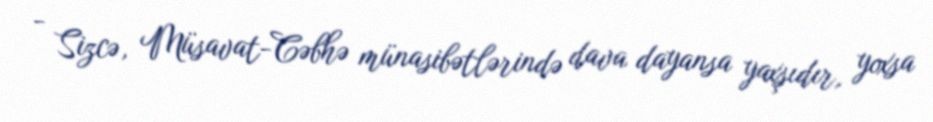
- Sizcə, Müsavat-Cəbhə münasibətlərində dava dayansa yaxşıdır, yoxsa